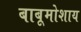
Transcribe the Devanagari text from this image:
बाबूमोशाय